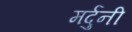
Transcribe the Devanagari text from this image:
मर्दुनी